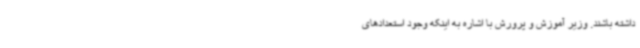
داشته باشند. وزیر آموزش و پرورش با اشاره به اینکه وجود استعدادهای